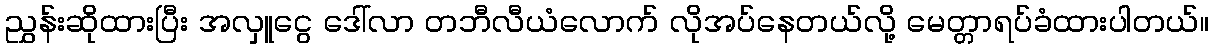
ညွှန်းဆိုထားပြီး အလှူငွေ ဒေါ်လာ တဘီလီယံလောက် လိုအပ်နေတယ်လို့ မေတ္တာရပ်ခံထားပါတယ်။